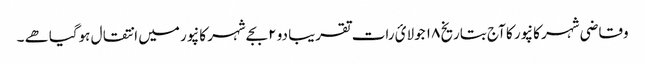
وقاضی شہر کانپور کا آج بتاریخ ۱۸ جولائ رات تقریبا دو ۲ بجےشہر کانپور میں انتقال ہوگیاھے ۔